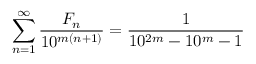
\sum _ { n = 1 } ^ { \infty } { \frac { F _ { n } } { 1 0 ^ { m ( n + 1 ) } } } = { \frac { 1 } { 1 0 ^ { 2 m } - 1 0 ^ { m } - 1 } }